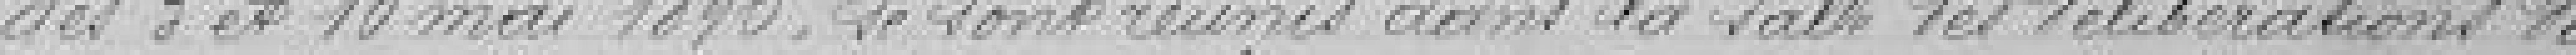
des 3 et 10 mai 1896, se sont réunis dans la salle des délibérations du